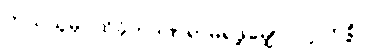
ဘယ်သူမှ ထိခိုက်ဒဏ်ရာမရဖို့မျှော်လင့်ကြစို့။